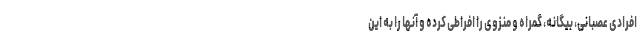
افرادی عصبانی، بیگانه، گمراه و منزوی را افراطی کرده و آنها را به این